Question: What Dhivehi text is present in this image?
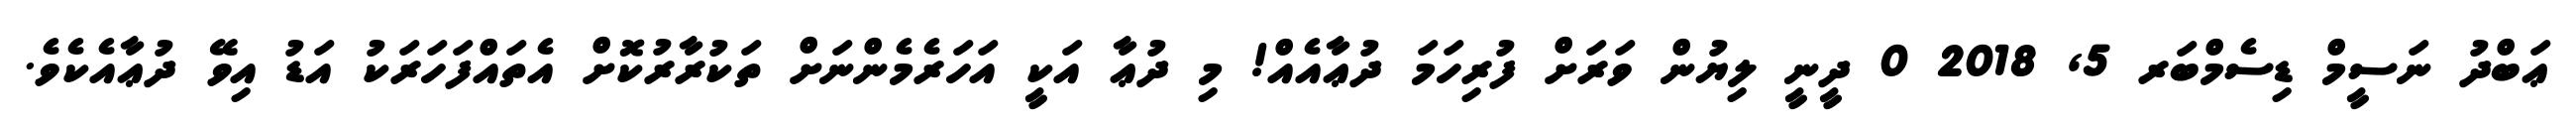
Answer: ޢަބްދު ނަސީމް ޑިސެމްބަރ 5, 2018 0 ދީނީ ލިޔުން ވަރަށް ފުރިހަމަ ދުޢާއެއް! މި ދުޢާ އަކީ އަހަރެމެންނަށް ތަކުރާރުކޮށް އެތައްފަހަރަކު އަޑު އިވޭ ދުޢާއެކެވެ.